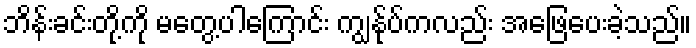
ဘိန်းခင်းတို့ကို မတွေ့ပါကြောင်း ကျွန်ုပ်ကလည်း အဖြေပေးခဲ့သည်။